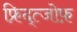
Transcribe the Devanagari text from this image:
फ्रिद्त्जोफ़